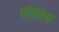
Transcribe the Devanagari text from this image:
फीलिडा